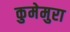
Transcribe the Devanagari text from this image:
कुमेमुरा